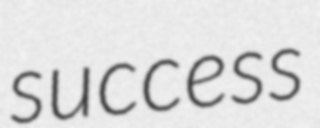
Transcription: success